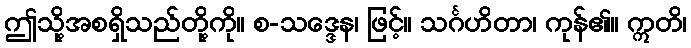
ဤသို့အစရှိသည်တို့ကို။ စ-သဒ္ဒေန၊ ဖြင့်။ သင်္ဂဟိတာ၊ ကုန်၏။ ဣတိ၊